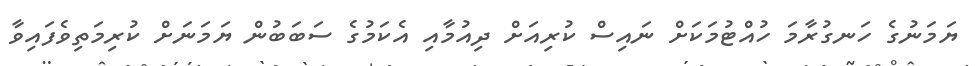
ޔަމަނުގެ ހަނގުރާމަ ހުއްޓުމަކަށް ނައިސް ކުރިއަށް ދިއުމާއި އެކަމުގެ ސަބަބުން ޔަމަނަށް ކުރިމަތިވެފައިވާ